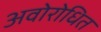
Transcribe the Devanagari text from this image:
अवोरोधित